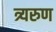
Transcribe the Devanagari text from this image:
त्र्यरुण